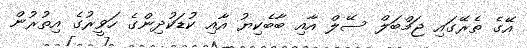
އޭގެ ތެރޭގައި ޖަމްބަލް ސޭލް އާއި ބާބެކިޔު އާއި ކުޑަކުދިންގެ ހަވީރުގެ އިތުރުން